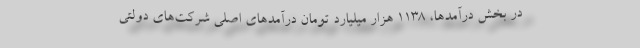
در بخش درآمدها، ۱۱۳۸ هزار میلیارد تومان درآمدهای اصلی شرکت‌های دولتی